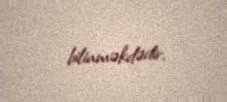
bilinməkdədir.